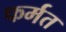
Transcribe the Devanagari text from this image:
फर्मत